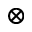
\otimes